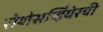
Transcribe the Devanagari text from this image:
रोशेसर्व्हियेरची